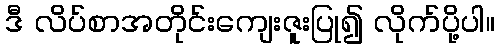
ဒီ လိပ်စာအတိုင်းကျေးဇူးပြု၍ လိုက်ပို့ပါ။